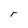
Character: r